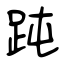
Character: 𧿬